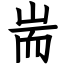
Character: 耑